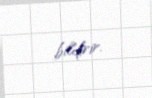
bildirir.